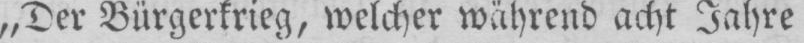
„Der Bürgerkrieg, welcher während acht Jahre